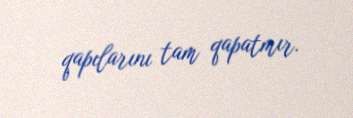
qapılarını tam qapatmır.